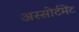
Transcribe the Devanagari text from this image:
अस्सोर्टमेंट